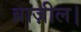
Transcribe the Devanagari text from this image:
ब्राज़ील।